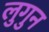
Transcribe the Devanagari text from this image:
लुगुन